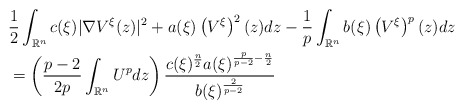
\begin{align*}& \frac{1}{2}\int_{\mathbb{R}^{n}}c(\xi)|\nabla V^{\xi}(z)|^{2}+a(\xi)\left(V^{\xi}\right) ^{2}(z)dz-\frac{1}{p}\int_{\mathbb{R}^{n}}b(\xi)\left(V^{\xi}\right) ^{p}(z)dz\\& =\left( \frac{p-2}{2p}\int_{\mathbb{R}^{n}}U^{p}dz\right) \frac{c(\xi)^{\frac{n}{2}}a(\xi)^{\frac{p}{p-2}-\frac{n}{2}}}{b(\xi)^{\frac{2}{p-2}}}\end{align*}